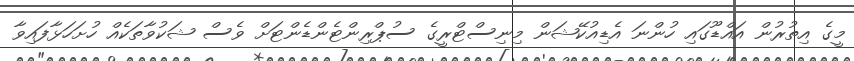
މީގެ އިތުރުން އައްޑޫގައި ހުންނަ އެޑިއުކޭޝަން މިނިސްޓްރީގެ ސުޕްރިންޓެންޑެންޓަށް ވެސް ޝަކުވާތަކެއް ހުށަހަޅާފައިވާ